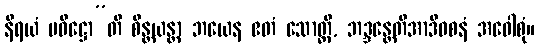
နိရယံ ပဝိဋ္ဌော”တိ စိန္တယန္တာ ဘယေန ဧတံ သောတ္ထိ, ဘဒ္ဒန္တေတိအာဒိဝစနံ အဝေါစုံ။